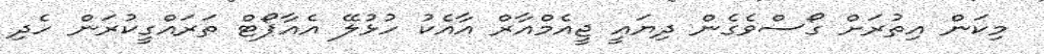
މިކަން އިތުރަށް ގޯސްވެގެން ދިޔައީ ޖީއެމްއާރް އާއެކު ހުޅުލޭ އެއާޕޯޓް ތަރައްގީކުރަން ހެދި